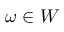
\boldsymbol \omega \in W